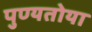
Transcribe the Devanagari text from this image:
पुण्यतोया